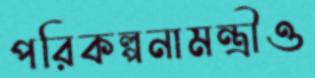
পরিকল্পনামন্ত্রীও